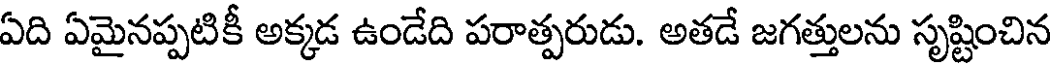
ఏది ఏమైనప్పటికీ అక్కడ ఉండేది పరాత్పరుడు. అతడే జగత్తులను సృష్టించిన